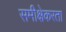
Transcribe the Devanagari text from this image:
समीक्षेकरता